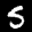
Label: 5